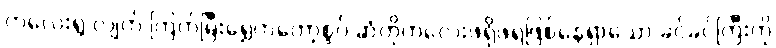
ကလေးရွဲ လျက် ကြက်မြီးရွှေကတော့စွပ် ဆံတိုကလေးဖရိုဖရဲဖြစ်နေရှာသော ခင်ခင်ကြီးကို